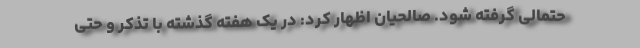
حتمالی گرفته شود. صالحیان اظهار کرد: در یک هفته گذشته با تذکر و حتی